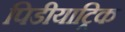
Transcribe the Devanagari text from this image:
पिडीयाट्रिक